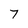
Character: 7